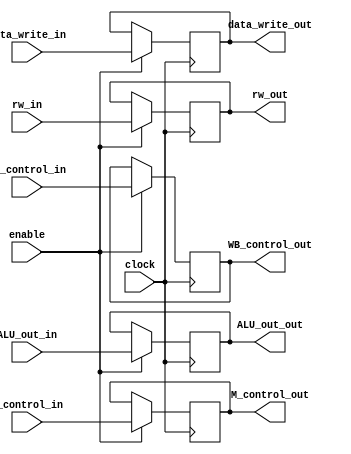
`timescale 1ns / 1ps
//////////////////////////////////////////////////////////////////////////////////
// Company: 
// Engineer: 
// 
// Design Name: 
// Module Name:    EX_MEM 
// Project Name: 
// Target Devices: 
// Tool versions: 
// Description: 
//
// Dependencies: 
//
// Revision: 
// Revision 0.01 - File Created
// Additional Comments: 
//
//////////////////////////////////////////////////////////////////////////////////
module EX_MEM(
								input clock,
								input enable,
								input [1:0] M_control_in,
								input [1:0] WB_control_in,
								input [31:0] ALU_out_in,
								input [31:0] data_write_in,
								input [4:0] rw_in,
								output reg [1:0] M_control_out,
								output reg [1:0] WB_control_out,
								output reg [31:0] ALU_out_out,
								output reg [31:0] data_write_out,
								output reg [4:0] rw_out
								);

initial ALU_out_out=0;
initial data_write_out=0;
initial M_control_out = 0;
initial WB_control_out = 0;
initial rw_out = 0;

always@(posedge clock)
	begin
		if(enable)
			begin
				M_control_out <= M_control_in;
				WB_control_out <= WB_control_in;
				ALU_out_out <= ALU_out_in;
				data_write_out <= data_write_in;
				rw_out <= rw_in;
			end
		else
			begin
				M_control_out <= M_control_out;
				WB_control_out <= WB_control_out;
				ALU_out_out <= ALU_out_out;
				data_write_out <= data_write_out;
				rw_out <= rw_out;
			end
	end
endmodule